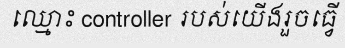
ឈ្មោះ controller របស់យើងរួចធ្វើ